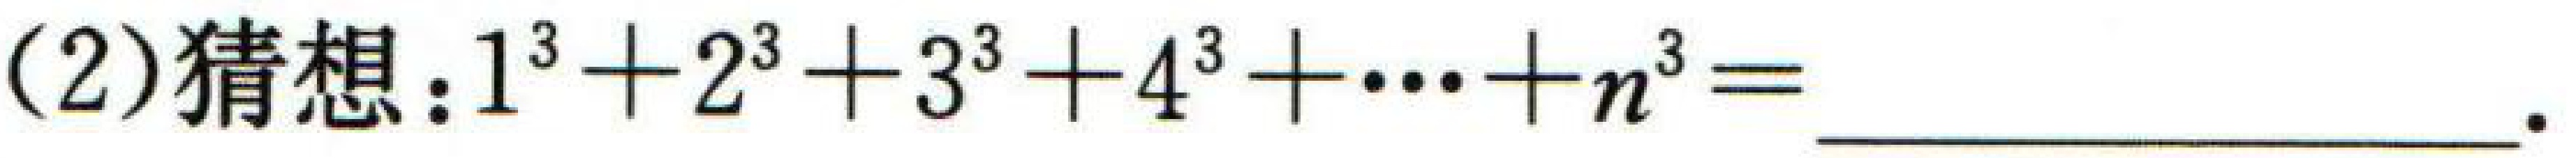
(2)猜想：\(1^{3}+2^{3}+3^{3}+4^{3}+\cdots +n^{3}=\)  ．